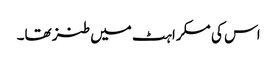
اس کی مسکراہٹ میں طنز تھا۔